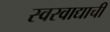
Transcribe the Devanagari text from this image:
स्वरवाद्याची